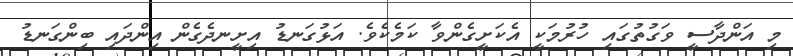
މި އަންދާސީ ވަގުތުގައި ހުރުމަކީ އެކަށީގެންވާ ކަމެކެވެ. އަޅުގަނޑު އިށީނދެގެން އިންދައި ބިންގަނޑު